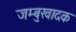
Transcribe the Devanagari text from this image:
जम्बुखादक